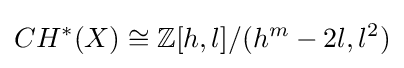
CH^{*}(X)\cong \mathbb {Z} [h,l]/(h^{m}-2l,l^{2})